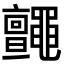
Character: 𪓼